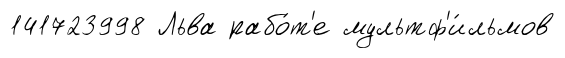
141723998 Льва рабо́т'е мультф'и́льмов